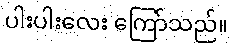
ပါးပါးလေး ကြော်သည်။